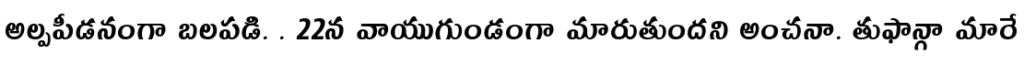
అల్పపీడనంగా బలపడి. . 22న వాయుగుండంగా మారుతుందని అంచనా. తుఫాన్గా మారే